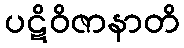
ပဋိဝိဇာနာတိ